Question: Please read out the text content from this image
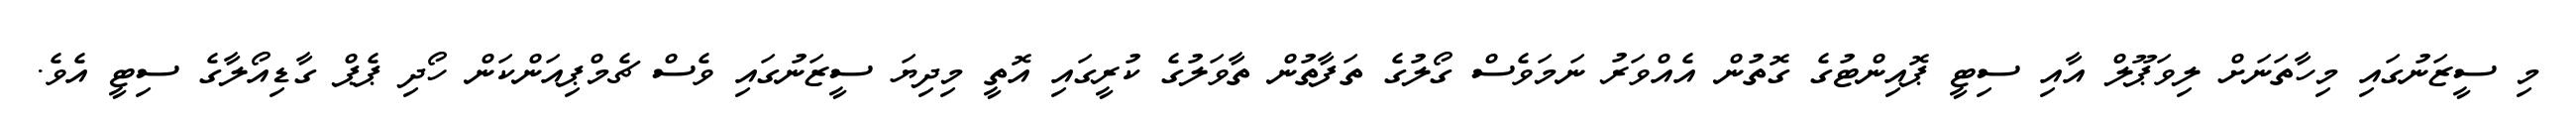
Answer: މި ސީޒަނުގައި މިހާތަނަށް ލިވަޕޫލް އާއި ސިޓީ ޕޮއިންޓުގެ ގޮތުން އެއްވަރު ނަމަވެސް ގޯލުގެ ތަފާތުން ތާވަލުގެ ކުރީގައި އޮތީ މިދިޔަ ސީޒަނުގައި ވެސް ޗެމްޕިއަންކަން ހޯދި ޕެޕް ގާޑިއޯލާގެ ސިޓީ އެވެ.